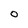
Character: O